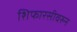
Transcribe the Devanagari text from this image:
शिफारसीवरुन